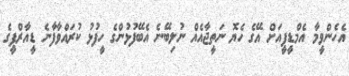
އެހެންވީމާ އެމްޑީޕީއަށް އޭގެ ހެޔޮ ނަތީޖާއެއް ނުލިބޭނެ އެބޭފުޅުންގެ ހީފުޅު ކުރައްވާފާނެ ޑީއާރްޕީގެ